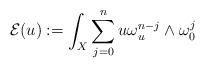
LaTeX: \begin{align*}\mathcal{E}(u):=\int_{X}\sum_{j=0}^{n}u\omega_{u}^{n-j}\wedge\omega_{0}^{j}\end{align*}